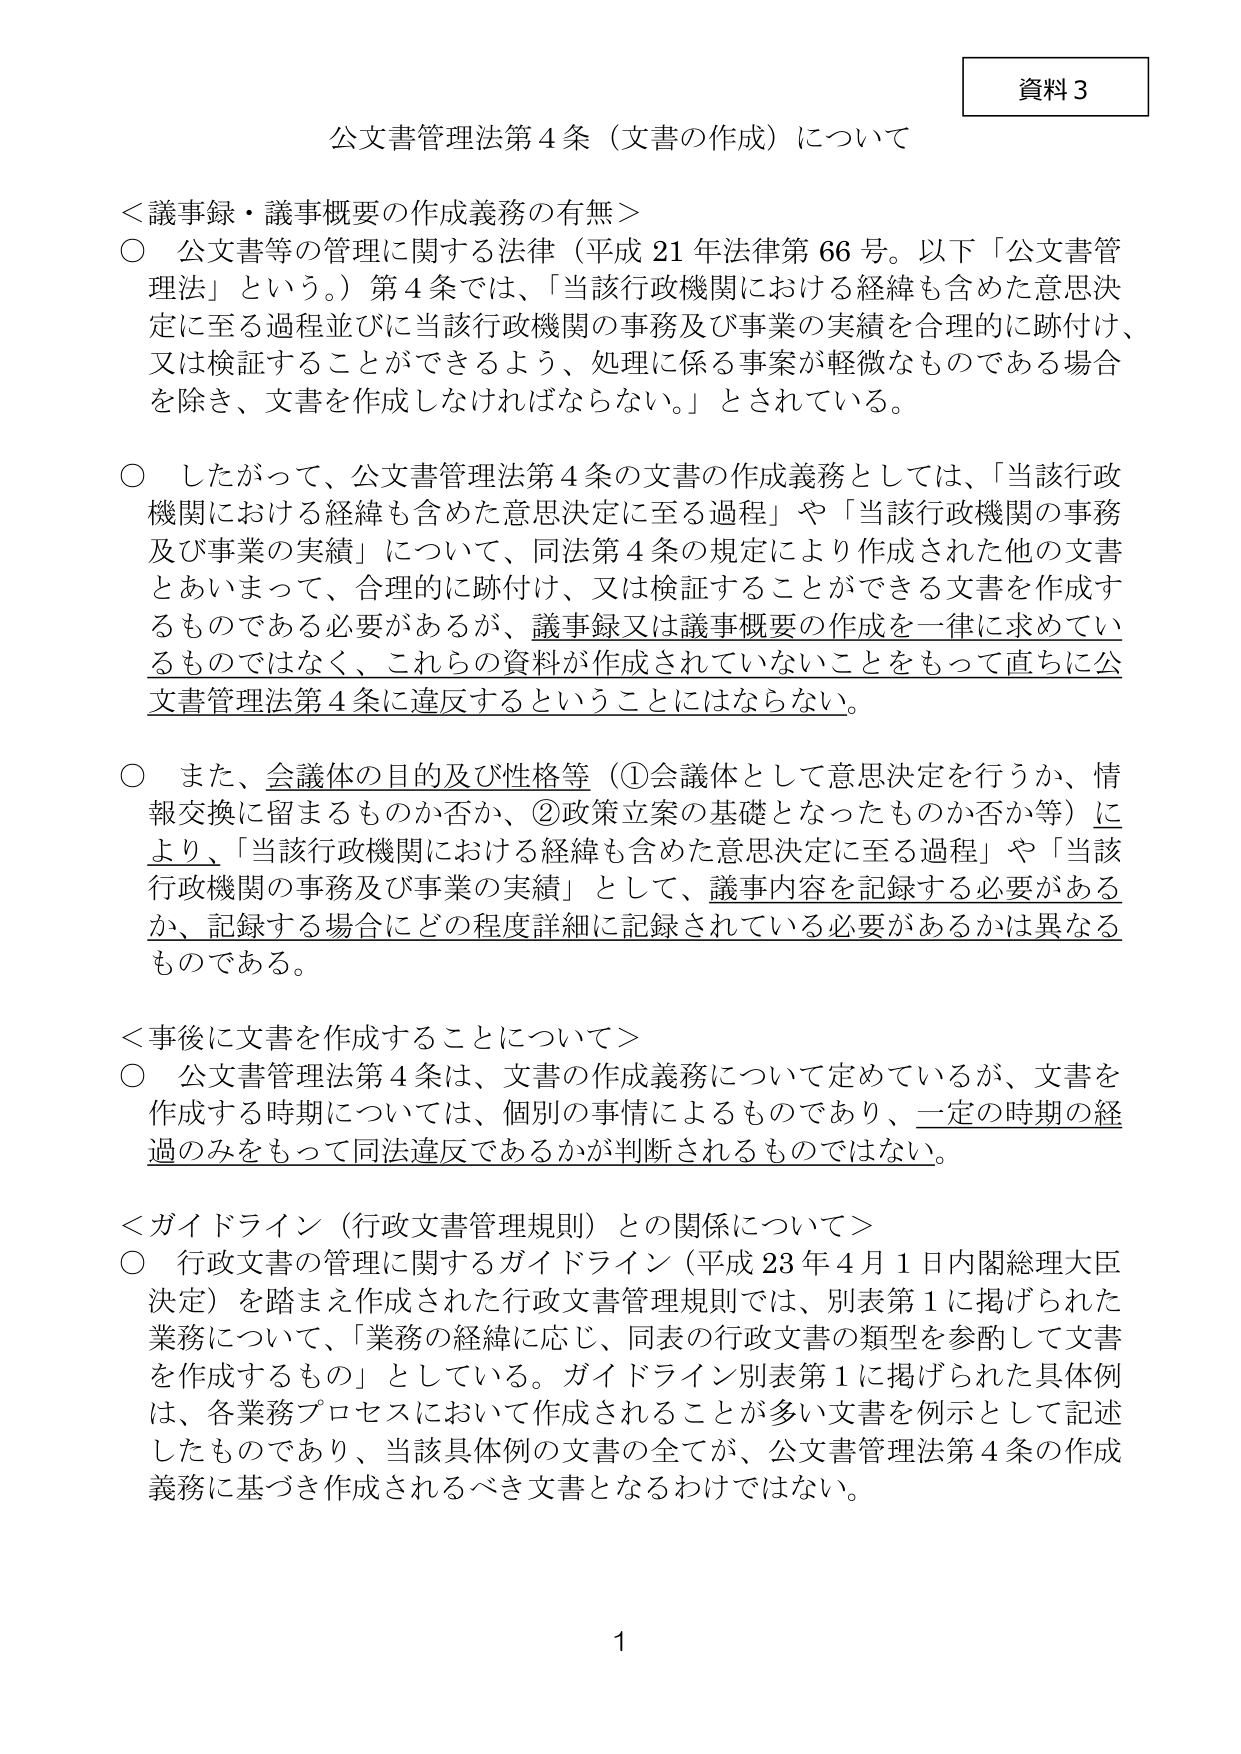
資料３

公文書管理法第４条（文書の作成）について

＜議事録・議事概要の作成義務の有無＞
○ 公文書等の管理に関する法律（平成21年法律第66号。以下「公文書管理法」という。）第4条では、「当該行政機関における経緯も含めた意思決定に至る過程並びに当該行政機関の事務及び事業の実績を合理的に跡付け、又は検証することができるよう、処理に係る事案が軽微なものである場合を除き、文書を作成しなければならない。」とされている。

○ したがって、公文書管理法第4条の文書の作成義務としては、「当該行政機関における経緯も含めた意思決定に至る過程」や「当該行政機関の事務及び事業の実績」について、同法第4条の規定により作成された他の文書とあいまって、合理的に跡付け、又は検証することができる文書を作成するものである必要があるが、議事録又は議事概要の作成を一律に求めているものではなく、これらの資料が作成されていないことをもって直ちに公文書管理法第4条に違反するということにはならない。

○ また、会議体の目的及び性格等（①会議体として意思決定を行うか、情報交換に留まるものか否か、②政策立案の基礎となったものか否か等）により、「当該行政機関における経緯も含めた意思決定に至る過程」や「当該行政機関の事務及び事業の実績」として、議事内容を記録する必要があるか、記録する場合にどの程度詳細に記録されている必要があるかは異なるものである。

＜事後に文書を作成することについて＞
○ 公文書管理法第4条は、文書の作成義務について定めているが、文書を作成する時期については、個別の事情によるものであり、一定の時期の経過のみをもって同法違反であるかが判断されるものではない。

＜ガイドライン（行政文書管理規則）との関係について＞
○ 行政文書の管理に関するガイドライン（平成23年4月1日内閣総理大臣決定）を踏まえ作成された行政文書管理規則では、別表第1に掲げられた業務について、「業務の経緯に応じ、同表の行政文書の類型を参酌して文書を作成するもの」としている。ガイドライン別表第1に掲げられた具体例は、各業務プロセスにおいて作成されることが多い文書を例示として記述したものであり、当該具体例の文書の全てが、公文書管理法第4条の作成義務に基づき作成されるべき文書となるわけではない。

1